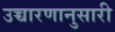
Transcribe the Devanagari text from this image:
उच्चारणानुसारी